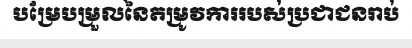
បម្រែបម្រួលនៃតម្រូវការរបស់ប្រជាជនរាប់